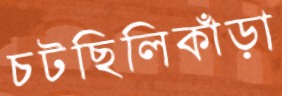
চটছিলিকাঁড়া